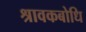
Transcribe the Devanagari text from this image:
श्रावकबोधि